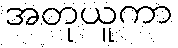
အတုယူကာ